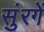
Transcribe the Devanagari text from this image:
सुंरगें